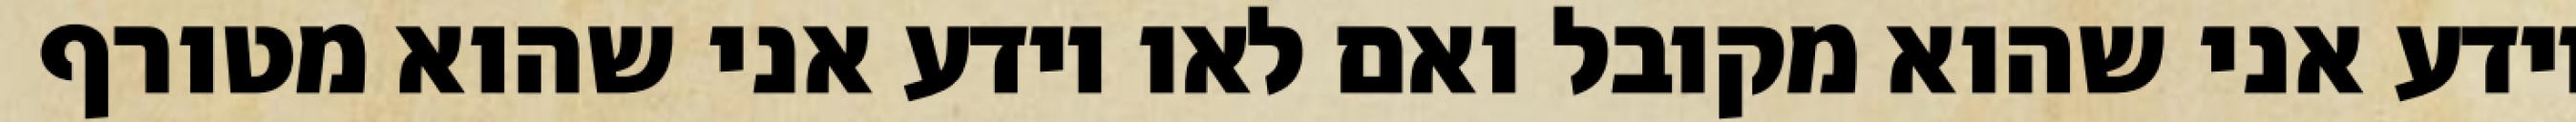
יודע אני שהוא מקובל ואם לאו יודע אני שהוא מטורף